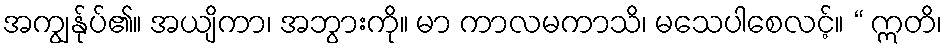
အကျွန်ုပ်၏။ အယျိကာ၊ အဘွားကို။ မာ ကာလမကာသိ၊ မသေပါစေလင့်။ “ ဣတိ၊